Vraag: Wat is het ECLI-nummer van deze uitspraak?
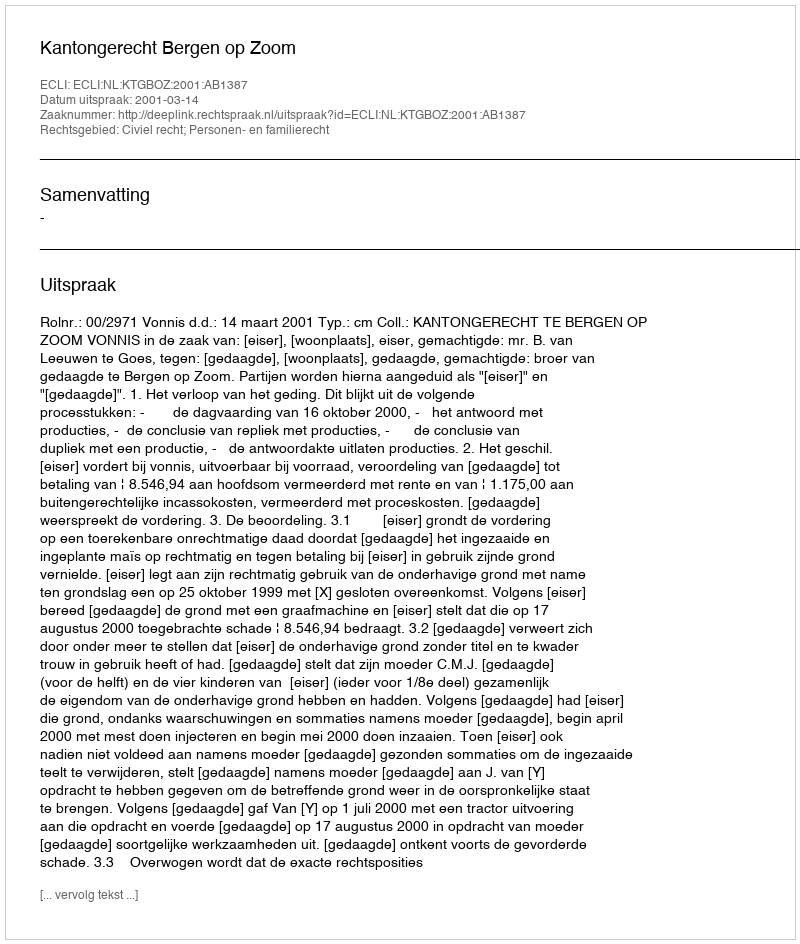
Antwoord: ECLI:NL:KTGBOZ:2001:AB1387